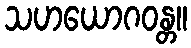
သဟယောဂဝန္တ။